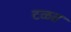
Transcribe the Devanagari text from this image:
टळत